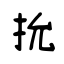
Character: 抁